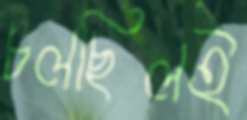
চলছিলই